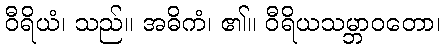
ဝီရိယံ၊ သည်။ အဓိကံ၊ ၏။ ဝီရိယသမ္ဘာဝတော၊